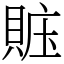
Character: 賘